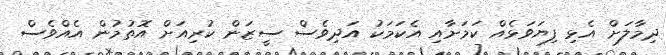
ދިމާލަށް އެޅި ފިޔަވަޅެއް ކަމަށާއި އެކަމަކު އަދިވެސް ސީޒަން ކުރިއަށް އޮތުމުން އެއްވެސް